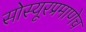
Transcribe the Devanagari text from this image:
सोस्यूरप्रमाणेच